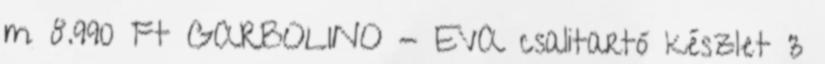
m 8.990 Ft GARBOLINO - EVA csalitartó készlet 3